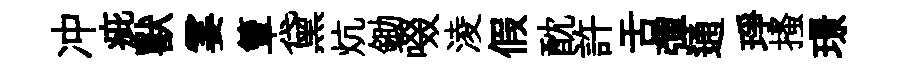
冲疵獸霎簟黛炕鋤啜淩假酖許舌彈通琤搔璟